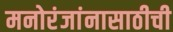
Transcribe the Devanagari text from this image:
मनोरंजांनासाठीची